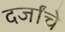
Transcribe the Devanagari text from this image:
दर्जांचे